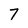
Character: 7